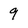
Character: 9